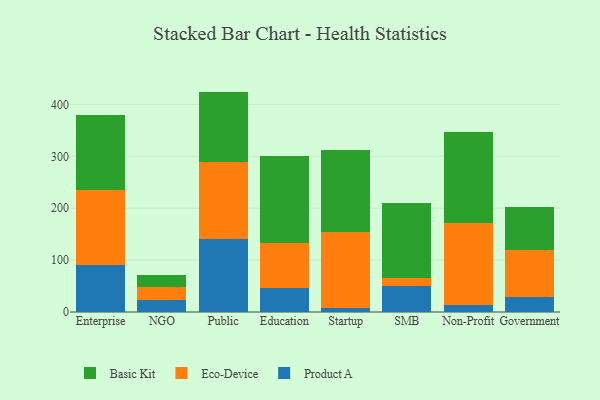
{"axis": {"x": "Segment", "y": "Shipments"}, "legend": ["Basic Kit", "Eco-Device", "Product A"], "data": [{"x": "Enterprise", "y": 91.2, "type": "Product A"}, {"x": "Enterprise", "y": 143.5, "type": "Eco-Device"}, {"x": "Enterprise", "y": 145.7, "type": "Basic Kit"}, {"x": "NGO", "y": 22.7, "type": "Product A"}, {"x": "NGO", "y": 25.5, "type": "Eco-Device"}, {"x": "NGO", "y": 23.8, "type": "Basic Kit"}, {"x": "Public", "y": 140.4, "type": "Product A"}, {"x": "Public", "y": 149.6, "type": "Eco-Device"}, {"x": "Public", "y": 134.7, "type": "Basic Kit"}, {"x": "Education", "y": 46.8, "type": "Product A"}, {"x": "Education", "y": 85.9, "type": "Eco-Device"}, {"x": "Education", "y": 168.3, "type": "Basic Kit"}, {"x": "Startup", "y": 6.9, "type": "Product A"}, {"x": "Startup", "y": 146.9, "type": "Eco-Device"}, {"x": "Startup", "y": 157.5, "type": "Basic Kit"}, {"x": "SMB", "y": 50.7, "type": "Product A"}, {"x": "SMB", "y": 15.5, "type": "Eco-Device"}, {"x": "SMB", "y": 143.0, "type": "Basic Kit"}, {"x": "Non-Profit", "y": 13.7, "type": "Product A"}, {"x": "Non-Profit", "y": 158.0, "type": "Eco-Device"}, {"x": "Non-Profit", "y": 174.6, "type": "Basic Kit"}, {"x": "Government", "y": 29.1, "type": "Product A"}, {"x": "Government", "y": 91.1, "type": "Eco-Device"}, {"x": "Government", "y": 82.3, "type": "Basic Kit"}]}